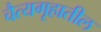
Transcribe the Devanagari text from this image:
चैत्यगृहातील